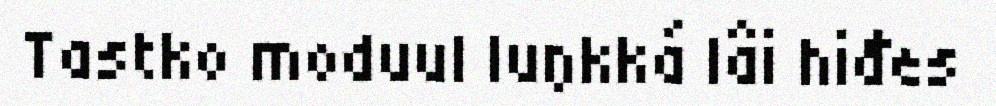
Tastko moduul luŋkká lâi hiđes